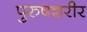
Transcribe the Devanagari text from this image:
पुरुषशरीर